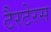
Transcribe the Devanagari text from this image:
टैरटेरस